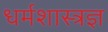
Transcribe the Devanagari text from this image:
धर्मशास्त्रज्ञ